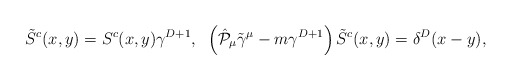
\begin{align*} \tilde{S}^{c}(x,y) = S^{c}(x,y)\gamma^{D+1},\;\; \left( \hat{{\cal P}}_\mu \tilde{\gamma}^\mu - m\gamma^{D+1} \right)\tilde{S}^{c}(x,y)= \delta^{D}(x-y),\end{align*}